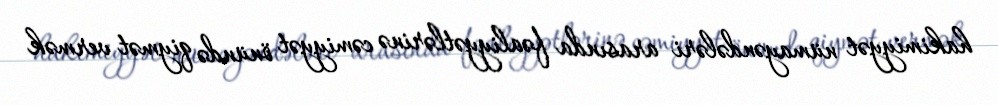
hakimiyyət nümayəndələri arasında fəaliyyətlərinə cəmiyyət önündə qiymət vermək